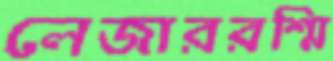
লেজাররশ্মি